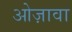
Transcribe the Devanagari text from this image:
ओज़ावा